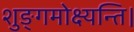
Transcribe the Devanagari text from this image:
शुङ्गमोक्ष्यन्ति।